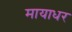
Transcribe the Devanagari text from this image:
मायाधर